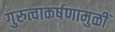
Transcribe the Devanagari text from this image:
गुरुत्वाकर्षणामुळीं